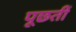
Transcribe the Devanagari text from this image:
पूछतीं